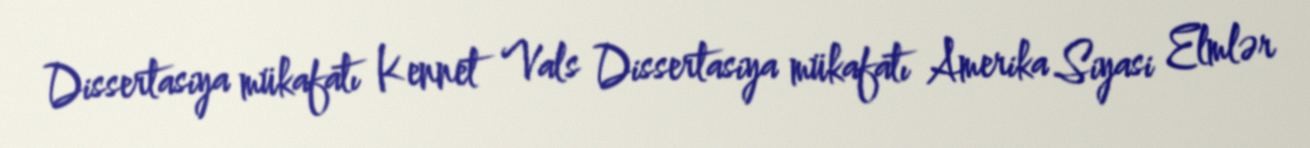
Dissertasiya mükafatı Kennet Vals Dissertasiya mükafatı Amerika Siyasi Elmlər